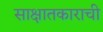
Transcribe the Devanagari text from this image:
साक्षातकाराची